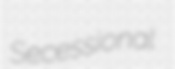
Secessional